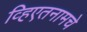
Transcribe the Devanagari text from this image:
व्हिएतनामचे